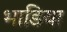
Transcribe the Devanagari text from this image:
भाडिया